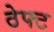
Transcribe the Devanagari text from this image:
ठेफ्ट